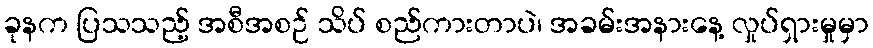
ခုနက ပြသသည့် အစီအစဉ် သိပ် စည်ကားတာပဲ၊ အခမ်းအနားနေ့ လှုပ်ရှားမှုမှာ